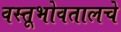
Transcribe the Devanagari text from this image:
वस्तूभोवतालचे